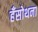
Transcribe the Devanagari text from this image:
हँसोथना